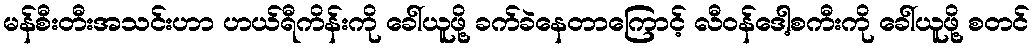
မန်စီးတီးအသင်းဟာ ဟယ်ရီကိန်းကို ခေါ်ယူဖို့ ခက်ခဲနေတာကြောင့် လီဝန်ဒေါ့စကီးကို ခေါ်ယူဖို့ စတင်